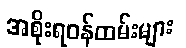
အစိုးရဝန်ထမ်းများ